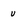
Character: u